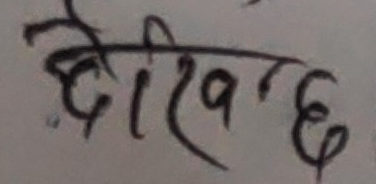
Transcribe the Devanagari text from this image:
देखिछ